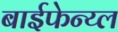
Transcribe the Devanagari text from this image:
बाईफेन्य्ल